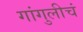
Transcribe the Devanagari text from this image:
गांगुलीचं